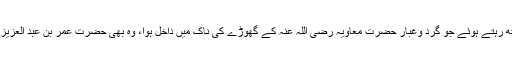
رسول اللہ صلی اللہ علیہ وسلم کے ساتھ رہتے ہوئے جو گرد وغبار حضرت معاویہ رضی اللہ عنہ کے گھوڑے کی ناک میں داخل ہوا، وہ بھی حضرت عمر بن عبد العزیز رحمہ اللہ سے ہزار درجہ افضل ہے۔